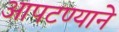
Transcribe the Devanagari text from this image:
आपटण्याने